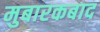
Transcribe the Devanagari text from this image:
मुबारकबाद